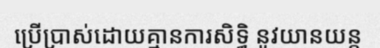
ប្រើប្រាស់ដោយគ្មានការសិទ្ធិ នូវយានយន្ត